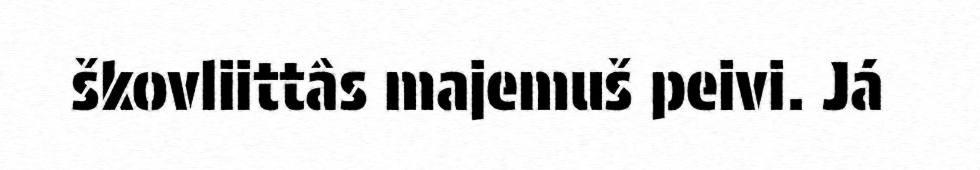
škovliittâs majemuš peivi. Já